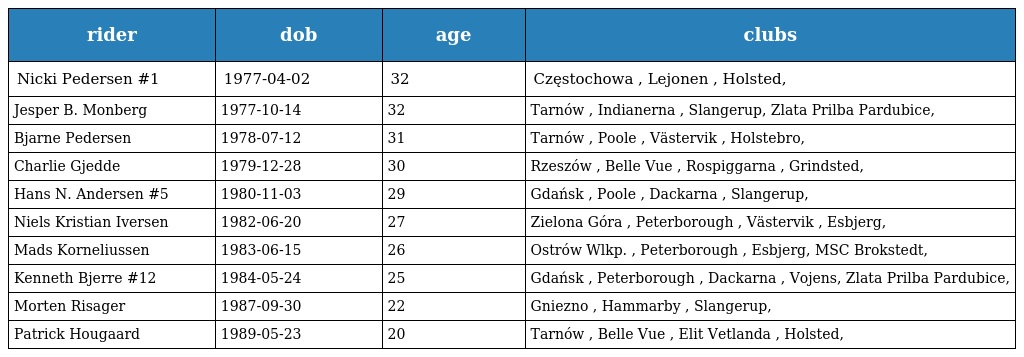
| rider | dob | age | clubs |
 | --- | --- | --- | --- |
 | Nicki Pedersen #1 | 1977-04-02 | 32 | Częstochowa , Lejonen , Holsted, |
 | Jesper B. Monberg | 1977-10-14 | 32 | Tarnów , Indianerna , Slangerup, Zlata Prilba Pardubice, |
 | Bjarne Pedersen | 1978-07-12 | 31 | Tarnów , Poole , Västervik , Holstebro, |
 | Charlie Gjedde | 1979-12-28 | 30 | Rzeszów , Belle Vue , Rospiggarna , Grindsted, |
 | Hans N. Andersen #5 | 1980-11-03 | 29 | Gdańsk , Poole , Dackarna , Slangerup, |
 | Niels Kristian Iversen | 1982-06-20 | 27 | Zielona Góra , Peterborough , Västervik , Esbjerg, |
 | Mads Korneliussen | 1983-06-15 | 26 | Ostrów Wlkp. , Peterborough , Esbjerg, MSC Brokstedt, |
 | Kenneth Bjerre #12 | 1984-05-24 | 25 | Gdańsk , Peterborough , Dackarna , Vojens, Zlata Prilba Pardubice, |
 | Morten Risager | 1987-09-30 | 22 | Gniezno , Hammarby , Slangerup, |
 | Patrick Hougaard | 1989-05-23 | 20 | Tarnów , Belle Vue , Elit Vetlanda , Holsted, |